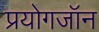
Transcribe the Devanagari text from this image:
प्रयोगजॉन